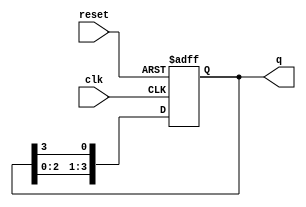
module johnson_counter (
    input clk,
    input reset,
    output reg [3:0] q
);

always @(posedge clk or posedge reset) begin
    if (reset) begin
        q <= 4'b0000;
    end else begin
        q <= {q[2:0], q[3]};
    end
end

endmodule